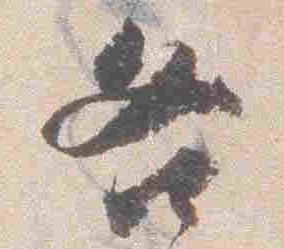
各